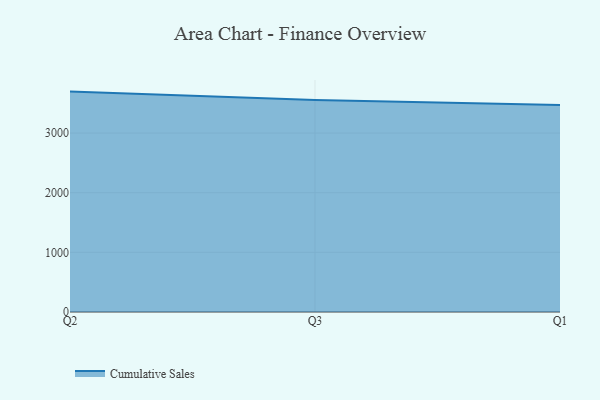
{"axis": {"x": "Quarter", "y": "Satisfaction Score"}, "legend": ["Cumulative Sales"], "data": [{"x": "Q2", "y": 3695.3, "type": "Cumulative Sales"}, {"x": "Q3", "y": 3554.7, "type": "Cumulative Sales"}, {"x": "Q1", "y": 3470.3, "type": "Cumulative Sales"}]}